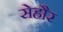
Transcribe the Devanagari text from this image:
सेहौर